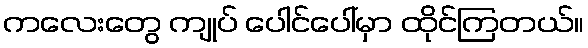
ကလေးတွေ ကျုပ် ပေါင်ပေါ်မှာ ထိုင်ကြတယ်။